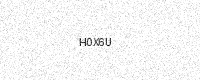
Text: H0X6U